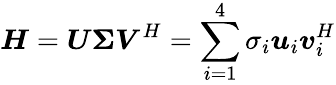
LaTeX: \boldsymbol{H}=\boldsymbol{U}\boldsymbol{\Sigma}\boldsymbol{V}^{H}=\sum_{i=1}^{4}\sigma_{i}\boldsymbol{u}_{i}\boldsymbol{v}_{i}^{H}